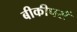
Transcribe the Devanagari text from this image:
बीकीपर्स